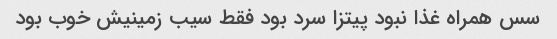
سس همراه غذا نبود پیتزا سرد بود فقط سیب زمینیش خوب بود